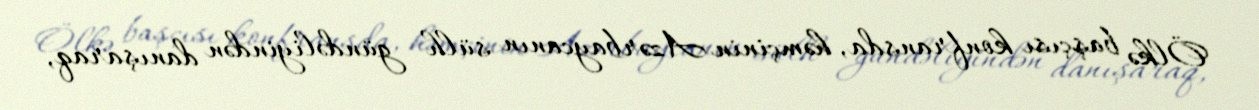
Ölkə başçısı konfransda, həmçinin Azərbaycanın sülh gündəliyindən danışaraq,